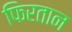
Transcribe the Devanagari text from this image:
फिरतान